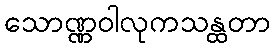
သောဏ္ဏဝါလုကသန္ထတာ